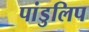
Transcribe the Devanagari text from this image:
पांडुलिप